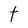
Character: t